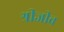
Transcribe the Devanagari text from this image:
श्रीजीव